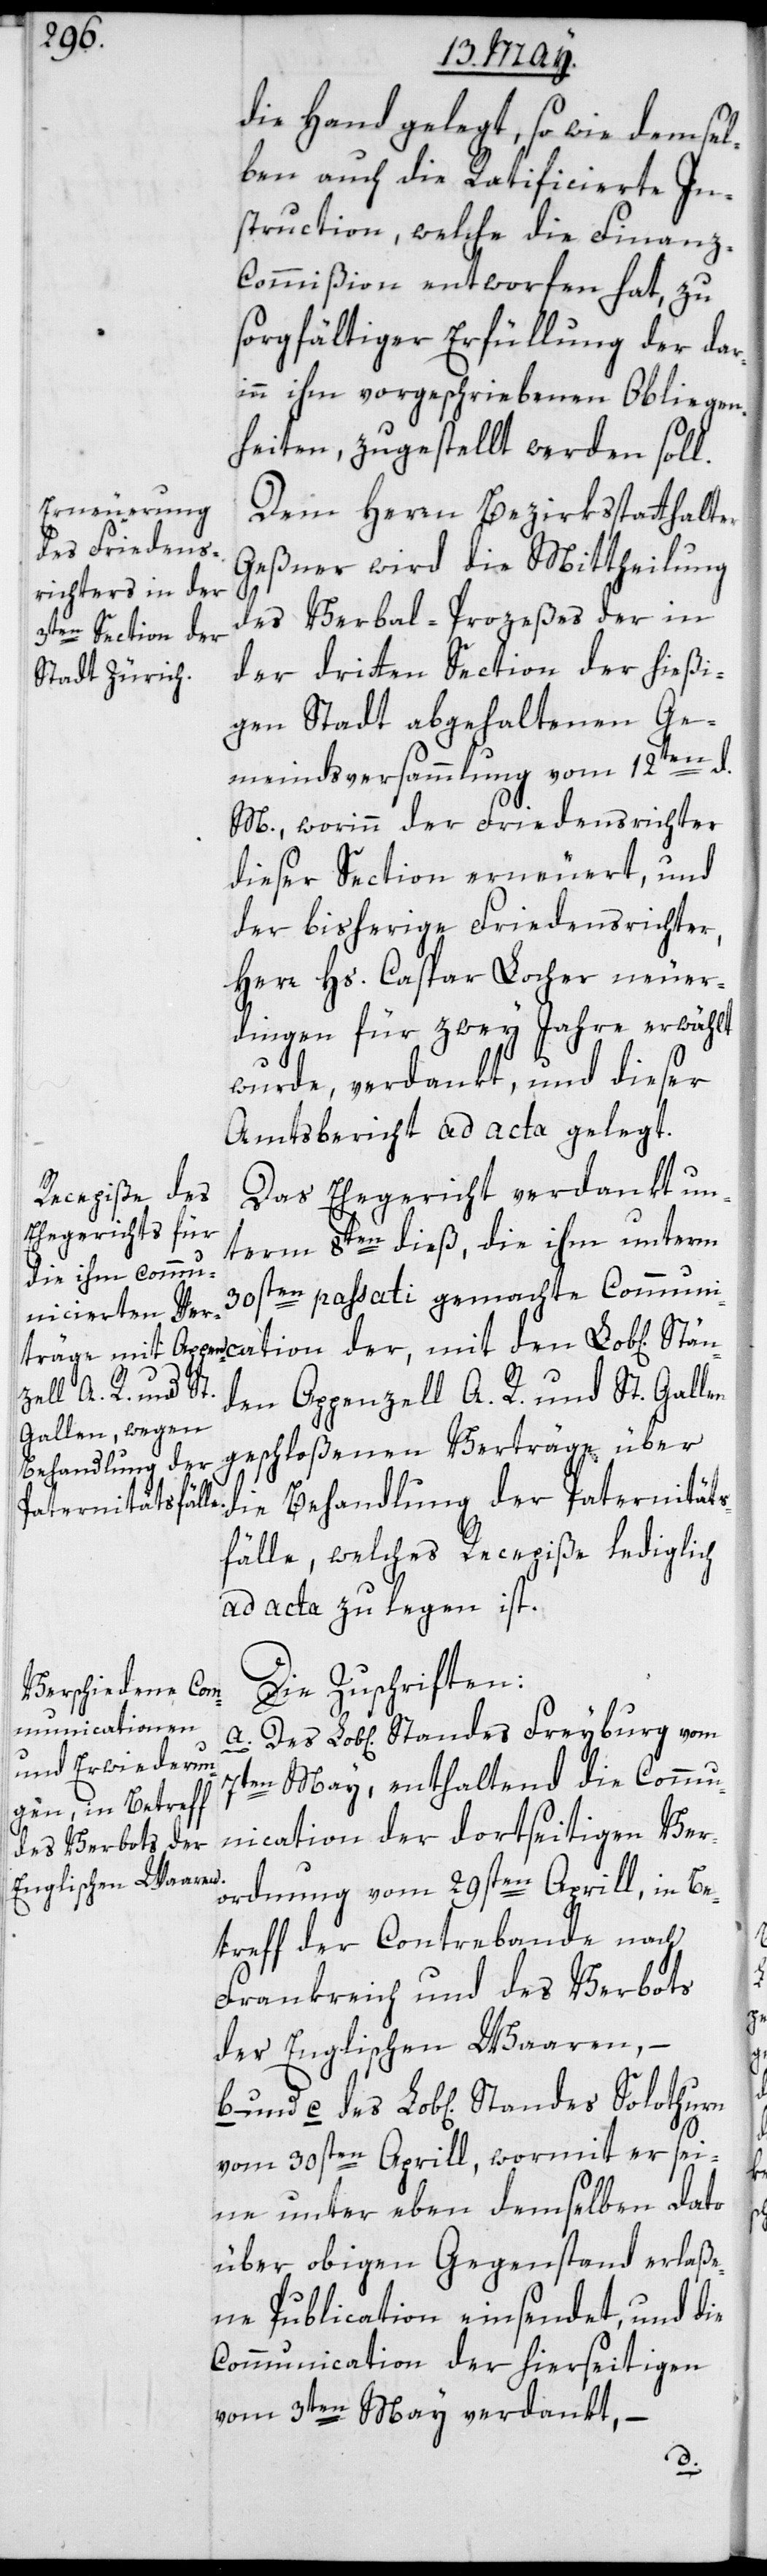
die Hand gelegt, sowie demsel¬
ben auch die Ratificierte In¬
struction, welche die Finan¬
z-Commißion entworfen hat, zu
sorgfältiger Erfüllung der dar¬
inn vorgeschriebenen Obliegen¬
heiten, zugestellt werden soll.
Dem Herrn Bezirksstatthalter
Geßner wird die Mittheilung
Stä¬
des Verbal-Proceßes der in
der dritten Section der hießi¬
gen Stadt abgehaltenen Ge¬
d.
meindsversammlung vom 12ten
M., worinn der Friedensrichter
dieser Section erneuert, und
der bisherige Friedensrichter,
Herr Hs. Caspar Locher neuer¬
dingen für zwey Jahre erwählt
wurde, verdankt, und dieser
Amtsbericht ad acta gelegt.
Das Ehegericht verdankt un¬
term 8ten dieß, die ihm unterm
30sten passati gemachte Com¬
nden Appenzell A. R. und St. Gallen
geschloßenen Verträge über
die Behandlung der Paternitäts¬
fälle, welches Recepiße lediglich
ad acta zu legen ist.
Die Zuschriften:
munication der,
7ten May, enthaltend die Comm¬
unication der dortseitigen Ver¬
ordnung vom 29sten Aprill, in Be¬
treff der Contrebande nach
Frankreich und des Verbots
der Englischen Waaren, –
vom 30sten Aprill, wormit er sei¬
ne unter eben demselben dato
über obigen Gegenstand erlaße¬
ne Publication einsendet, und die
Communication der hierseitigen
vom 3ten May verdankt,